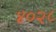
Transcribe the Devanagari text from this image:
४०२८